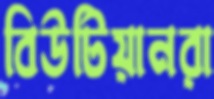
বিউটিয়ানরা